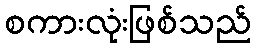
စကားလုံးဖြစ်သည်